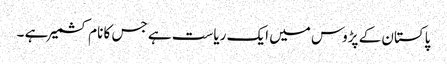
پاکستان کے پڑوس میں ایک ریاست ہے جس کا نام کشمیر ہے ۔